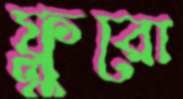
ফ্লুরো